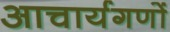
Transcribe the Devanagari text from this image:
आचार्यगणों